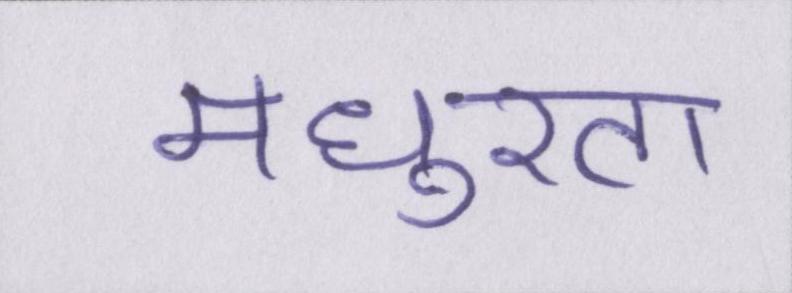
मधुरता